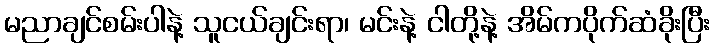
မညာချင်စမ်းပါနဲ့ သူငယ်ချင်းရာ၊ မင်းနဲ့ ငါတို့နဲ့ အိမ်ကပိုက်ဆံခိုးပြီး